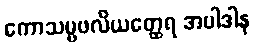
ကောသမ္ဗဖလိယတ္ထေရ အပါဒါန